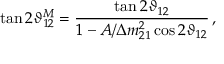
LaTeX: \tan 2 \vartheta _ { 1 2 } ^ { M } = \frac { \tan 2 \vartheta _ { 1 2 } } { 1 - A / \Delta { m } _ { 2 1 } ^ { 2 } \cos { 2 \vartheta _ { 1 2 } } } \, ,